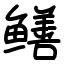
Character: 鳝